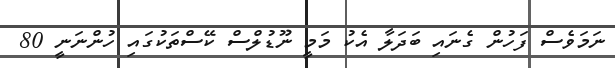
ނަމަވެސް ފަހުން ގެނައި ބަދަލާ އެކު މަމީ ނޫޑުލްސް ކޭސްތަކުގައި ހުންނަނީ 80